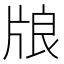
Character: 𤗀